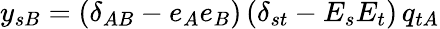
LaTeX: y_{sB}=(\delta_{AB}-e_{A}e_{B})\, (\delta_{st}-E_{s}E_{t})\, q_{tA}